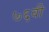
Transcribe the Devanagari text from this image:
७६वी